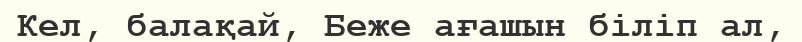
Кел, балақай, Беже ағашын біліп ал,